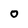
Character: O